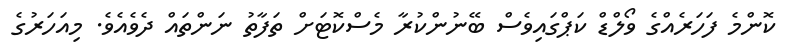
ކޮންމެ ފަހަރެއްގެ ވޯލްޑް ކަޕްގައިވެސް ބޭނުންކުރާ މެސްކޮޓަށް ތަފާތު ނަންތައް ދެވެއެވެ. މިއަހަރުގެ